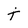
Character: t